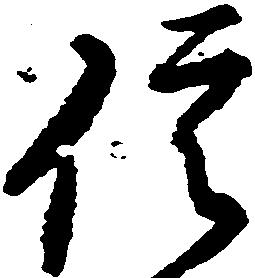
信